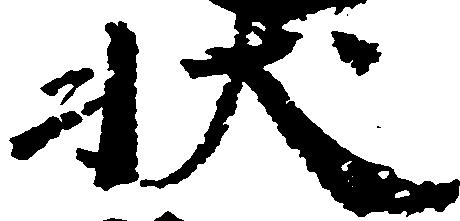
状